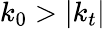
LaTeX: k_{0}>|k_{t}|